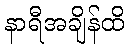
နာရီအချိန်ထိ